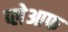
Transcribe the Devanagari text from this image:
प्लेआफ